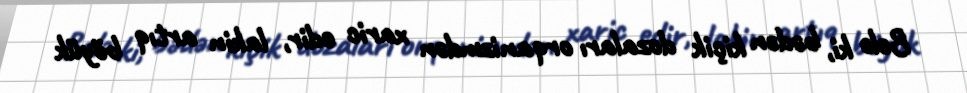
Belə ki, bədən kiçik dozaları orqanizmdən xaric edir, lakin artıq böyük